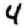
Digit: 4